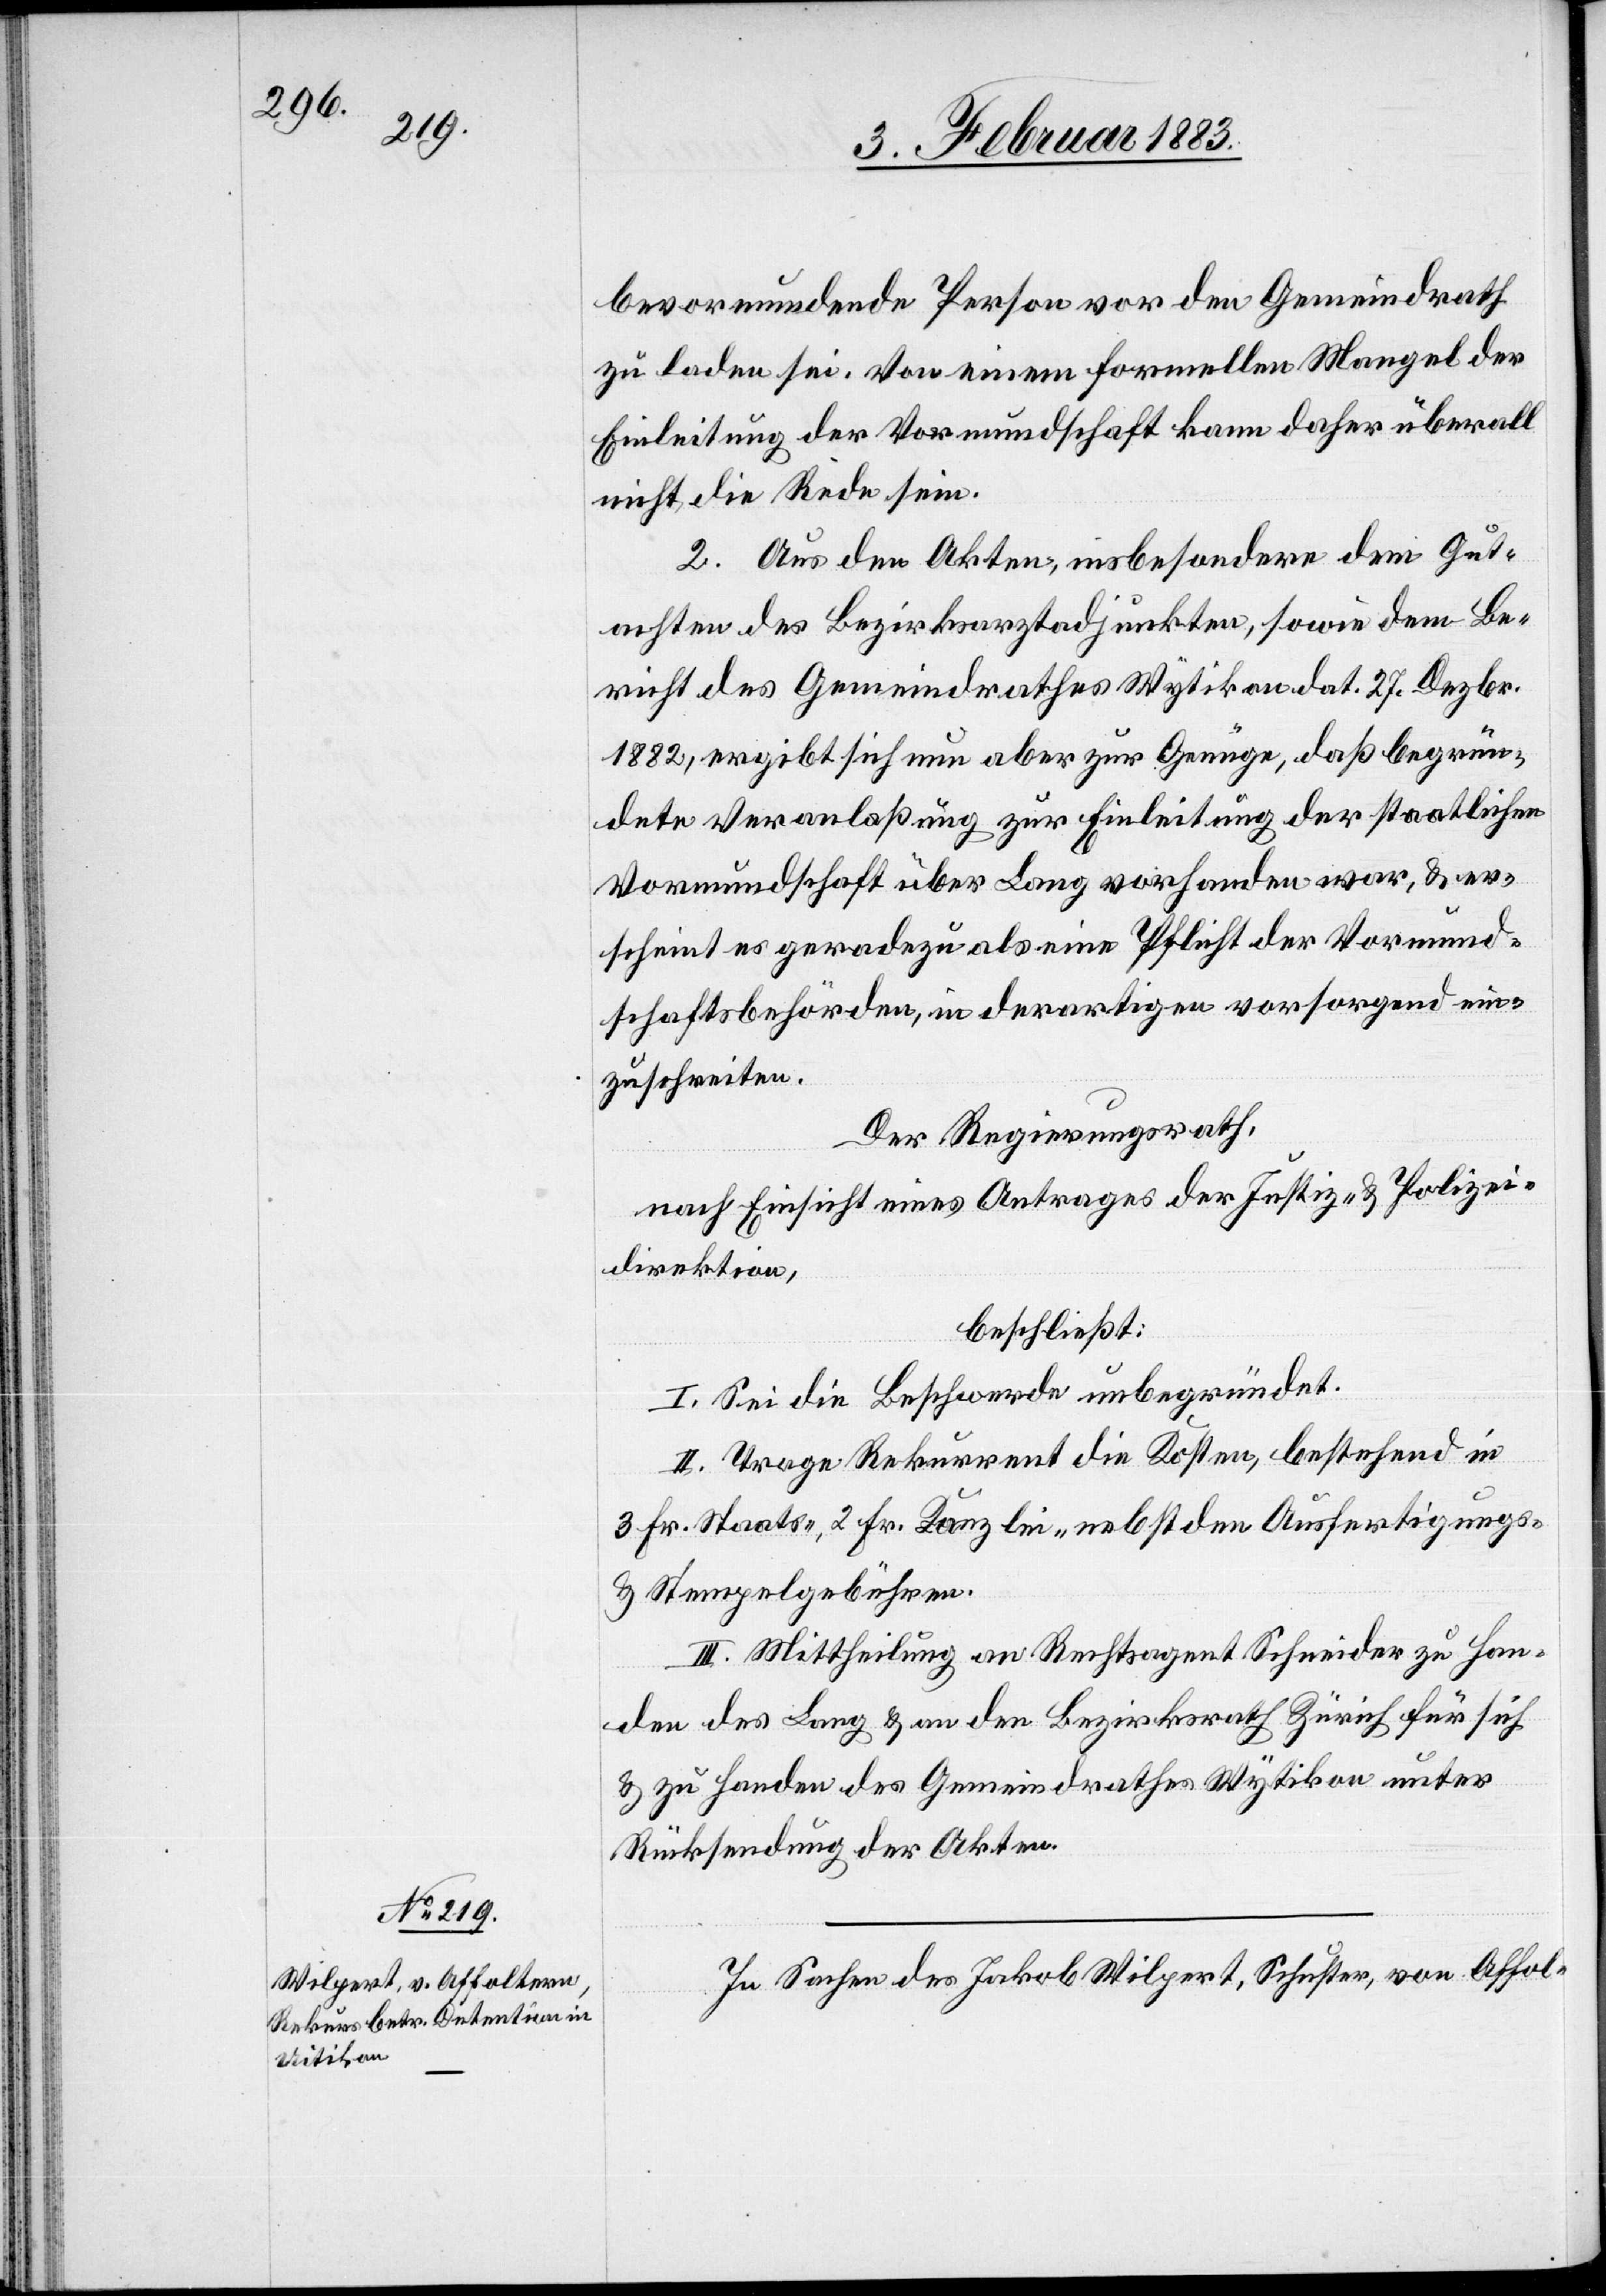
bevormundende Person vor den Gemeindrath
zu laden sei. Von einem formellen Mangel der
Einleitung der Vormundschaft kann daher überall
nicht die Rede sein.
2. Aus den Akten, insbesondere dem Gut¬
achten des Bezirksarztadjunkten, sowie dem Be¬
richt des Gemeindrathes Wytikon dat. 27. Dezbr.
1882, ergibt sich nun aber zur Genüge, daß begrün¬
dete Veranlaßung zur Einleitung der staatlichen
Vormundschaft über Lang vorhanden war, & er¬
scheint es geradezu als eine Pflicht der Vormund¬
schaftsbehörden, in derartigen [Fällen] vorsorgend ein¬
zuschreiten.
Der Regierungsrath,
nach Einsicht eines Antrages der Justiz- & Polizei¬
direktion,
beschließt:
I. Sei die Beschwerde unbegründet.
II. Trage Rekurrent die Kosten, bestehend in
3 Fr. Staats-, 2 Fr. Kanzlei- nebst den Ausfertigungs-
& Stempelgebühren.
III. Mittheilung an Rechtsagent Schneider zu Han¬
den des Lang & an den Bezirksrath Zürich für sich
& zu Handen des Gemeindrathes Wytikon unter
Rücksendung der Akten.
In Sachen des Jakob Wilpert, Schuster, von Affol-